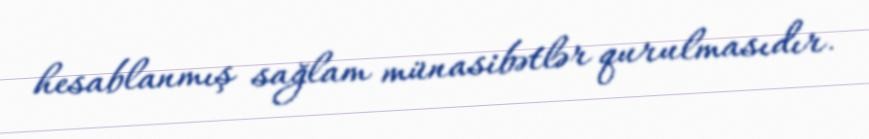
hesablanmış sağlam münasibətlər qurulmasıdır.